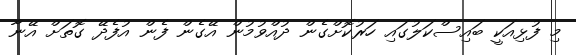
މި ފުޅިއަކީ ބައިސްކަލުގައި ހަރުކޮށްގެން ދުއްވުމުން އޭގެން ފެން އުފެދޭ ގޮތަށް އޭނާ